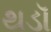
થડૉ